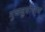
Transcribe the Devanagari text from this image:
मुजजुघोषाय